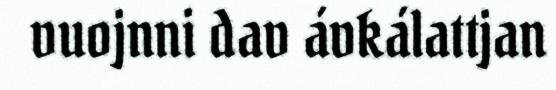
vuojnni dav ávkálattjan